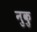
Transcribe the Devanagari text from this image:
नुकु